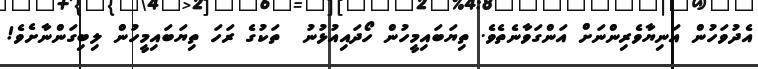
އެދުވަހުން އަނިޔާވެރިންނަށް އަންގަވާނެތެވެ. ތިޔަބައިމީހުން ހޯދައިއުޅުނު  ތަކުގެ ރަހަ ތިޔަބައިމީހުން ލިބިގަންނާށެވެ!